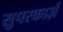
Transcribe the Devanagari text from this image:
सुपरकार्ज़